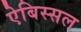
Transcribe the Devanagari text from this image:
ऐबिस्सल